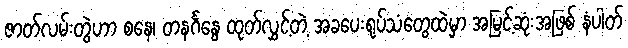
ဇာတ်လမ်းတွဲဟာ စနေ၊ တနင်္ဂနွေ ထုတ်လွှင့်တဲ့ အခပေးရုပ်သံတွေထဲမှာ အမြင့်ဆုံးအဖြစ် နံပါတ်